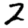
Digit: 2